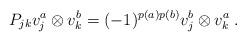
LaTeX: \begin{align*}P_{jk}v_j^{a}\otimes v_k^{b}=(-1)^{p(a)p(b)}v_j^{b}\otimes v_k^{a}\;.\end{align*}